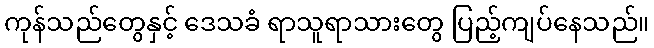
ကုန်သည်တွေနှင့် ဒေသခံ ရာသူရာသားတွေ ပြည့်ကျပ်နေသည်။